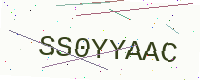
Text: SS0YYAAC